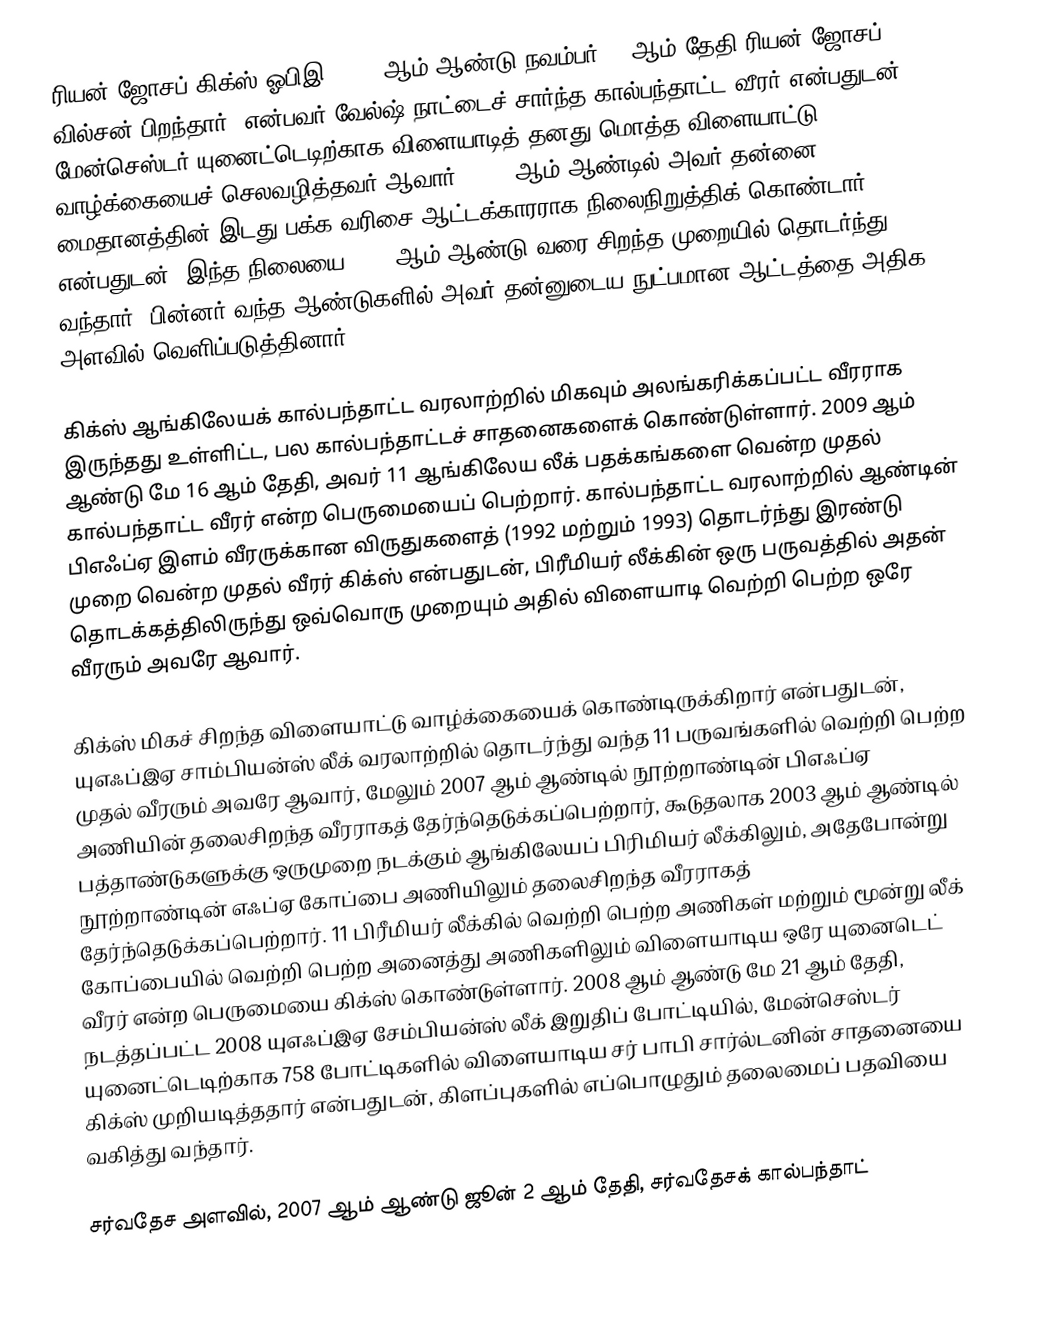
ரியன் ஜோசப் கிக்ஸ் ஓபிஇ (1973 ஆம் ஆண்டு நவம்பர் 23 ஆம் தேதி ரியன் ஜோசப் வில்சன் பிறந்தார்) என்பவர் வேல்ஷ் நாட்டைச் சார்ந்த கால்பந்தாட்ட வீரர் என்பதுடன், மேன்செஸ்டர் யுனைட்டெடிற்காக விளையாடித் தனது மொத்த விளையாட்டு வாழ்க்கையைச் செலவழித்தவர் ஆவார். 1990 ஆம் ஆண்டில் அவர் தன்னை மைதானத்தின் இடது பக்க வரிசை ஆட்டக்காரராக நிலைநிறுத்திக் கொண்டார் என்பதுடன், இந்த நிலையை 2000 ஆம் ஆண்டு வரை சிறந்த முறையில் தொடர்ந்து வந்தார். பின்னர் வந்த ஆண்டுகளில் அவர் தன்னுடைய நுட்பமான ஆட்டத்தை அதிக அளவில் வெளிப்படுத்தினார்.

கிக்ஸ் ஆங்கிலேயக் கால்பந்தாட்ட வரலாற்றில் மிகவும் அலங்கரிக்கப்பட்ட வீரராக இருந்தது உள்ளிட்ட, பல கால்பந்தாட்டச் சாதனைகளைக் கொண்டுள்ளார். 2009 ஆம் ஆண்டு மே 16 ஆம் தேதி, அவர் 11 ஆங்கிலேய லீக் பதக்கங்களை வென்ற முதல் கால்பந்தாட்ட வீரர் என்ற பெருமையைப் பெற்றார். கால்பந்தாட்ட வரலாற்றில் ஆண்டின் பிஎஃப்ஏ இளம் வீரருக்கான விருதுகளைத் (1992 மற்றும் 1993) தொடர்ந்து இரண்டு முறை வென்ற முதல் வீரர் கிக்ஸ் என்பதுடன், பிரீமியர் லீக்கின் ஒரு பருவத்தில் அதன் தொடக்கத்திலிருந்து ஒவ்வொரு முறையும் அதில் விளையாடி வெற்றி பெற்ற ஒரே வீரரும் அவரே ஆவார்.

கிக்ஸ் மிகச் சிறந்த விளையாட்டு வாழ்க்கையைக் கொண்டிருக்கிறார் என்பதுடன், யுஎஃப்இஏ சாம்பியன்ஸ் லீக் வரலாற்றில் தொடர்ந்து வந்த 11 பருவங்களில் வெற்றி பெற்ற முதல் வீரரும் அவரே ஆவார், மேலும் 2007 ஆம் ஆண்டில் நூற்றாண்டின் பிஎஃப்ஏ அணியின் தலைசிறந்த வீரராகத் தேர்ந்தெடுக்கப்பெற்றார், கூடுதலாக 2003 ஆம் ஆண்டில் பத்தாண்டுகளுக்கு ஒருமுறை நடக்கும் ஆங்கிலேயப் பிரிமியர் லீக்கிலும், அதேபோன்று நூற்றாண்டின் எஃப்ஏ கோப்பை அணியிலும் தலைசிறந்த வீரராகத் தேர்ந்தெடுக்கப்பெற்றார். 11 பிரீமியர் லீக்கில் வெற்றி பெற்ற அணிகள் மற்றும் மூன்று லீக் கோப்பையில் வெற்றி பெற்ற அனைத்து அணிகளிலும் விளையாடிய ஒரே யுனைடெட் வீரர் என்ற பெருமையை கிக்ஸ் கொண்டுள்ளார். 2008 ஆம் ஆண்டு மே 21 ஆம் தேதி, நடத்தப்பட்ட 2008 யுஎஃப்இஏ சேம்பியன்ஸ் லீக் இறுதிப் போட்டியில், மேன்செஸ்டர் யுனைட்டெடிற்காக 758 போட்டிகளில் விளையாடிய சர் பாபி சார்ல்டனின் சாதனையை கிக்ஸ் முறியடித்ததார் என்பதுடன், கிளப்புகளில் எப்பொழுதும் தலைமைப் பதவியை வகித்து வந்தார்.

சர்வதேச அளவில், 2007 ஆம் ஆண்டு ஜூன் 2 ஆம் தேதி, சர்வதேசக் கால்பந்தாட்